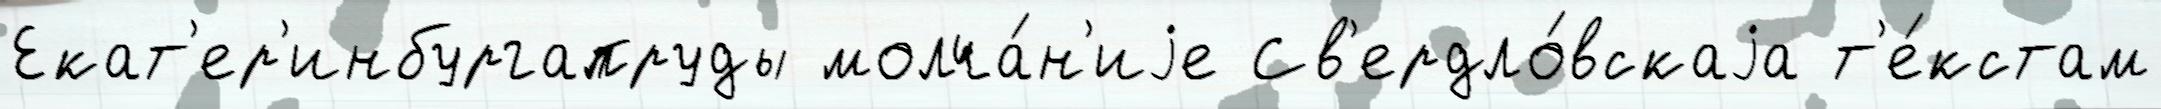
Екат'ер'инбургапруды молча́н'иjе Св'ердло́вскаjа т'е́кстам